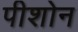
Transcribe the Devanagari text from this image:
पीशोन